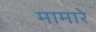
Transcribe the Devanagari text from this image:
मामारे